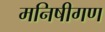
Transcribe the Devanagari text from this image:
मनिषीगण